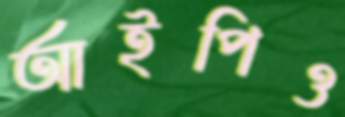
আইপিও